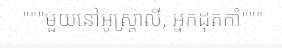
"""មួយនៅអូស្ត្រាលី, អ្នកដុតកាំ"""